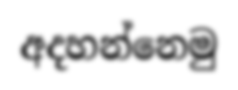
අදහන්නෙමු